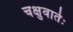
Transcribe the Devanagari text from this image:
चक्षुवार्तः